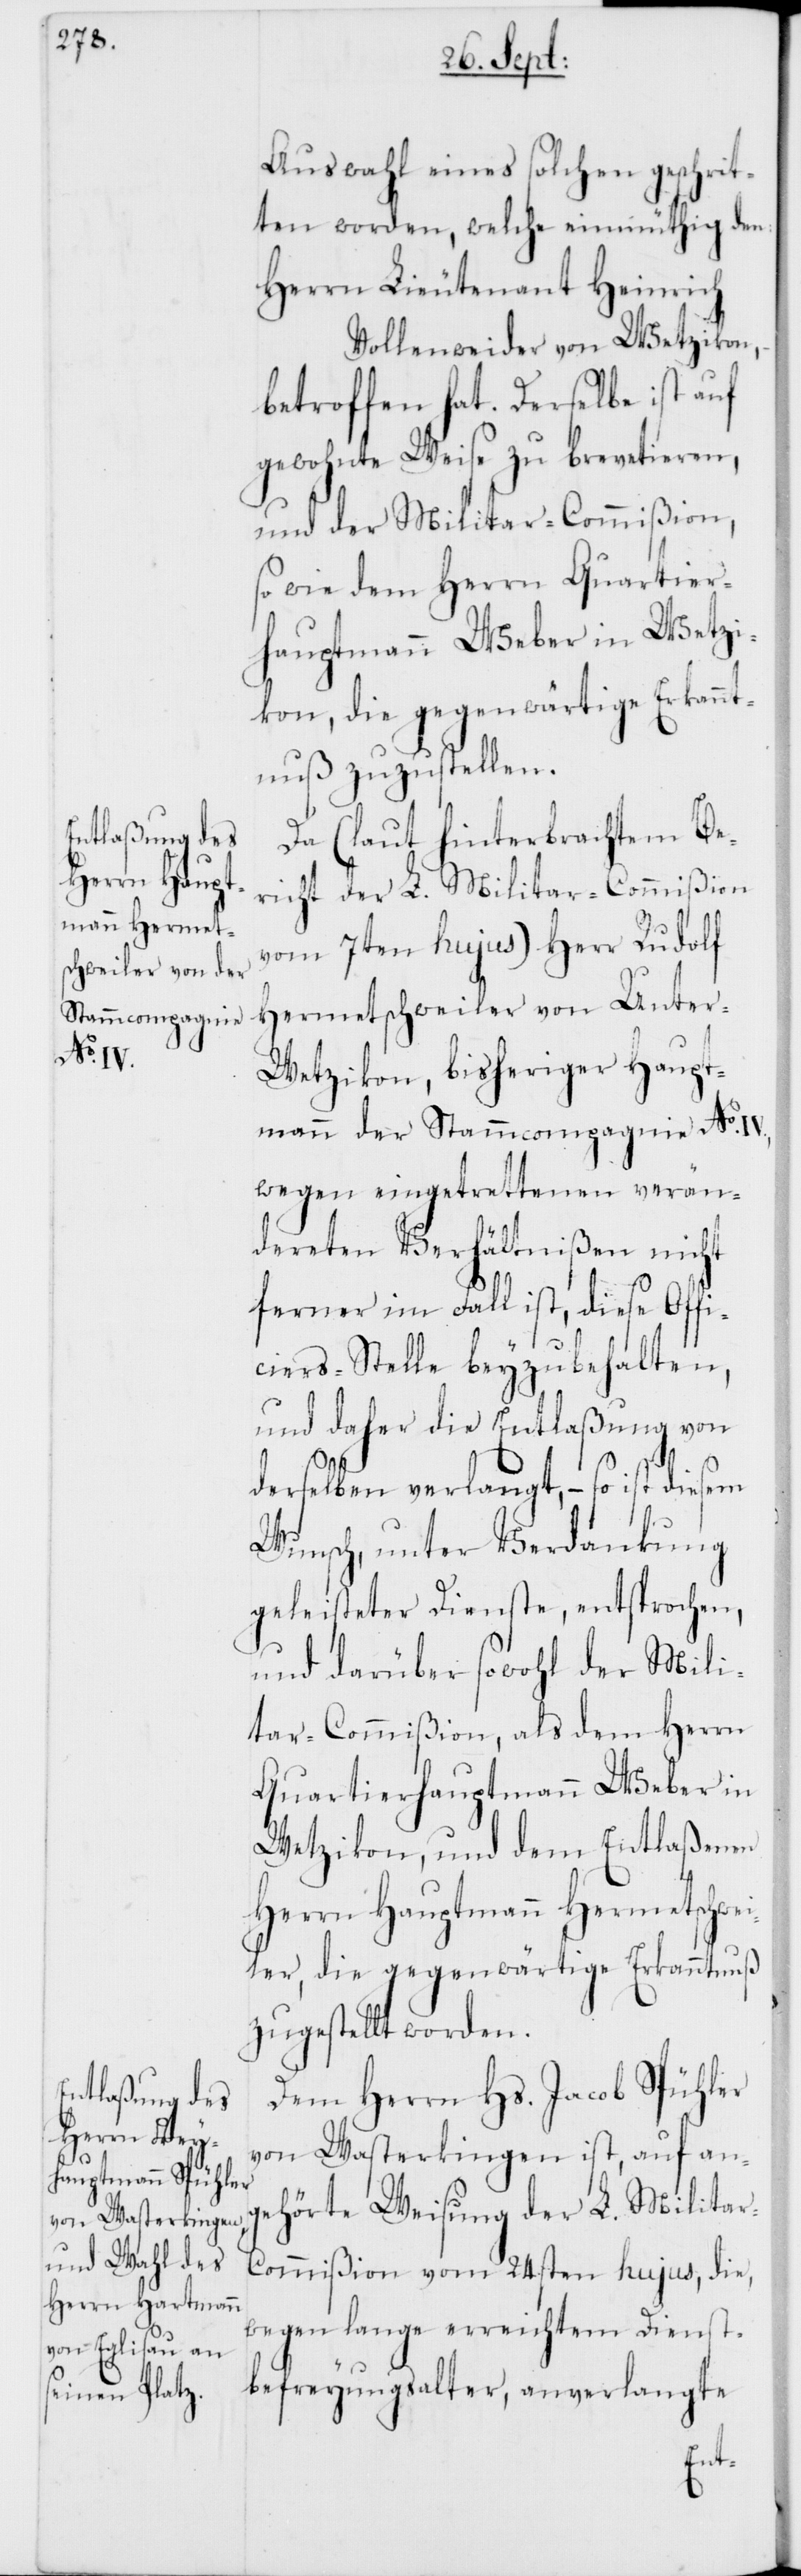
Auswahl eines solchen geschrit¬
ten worden, welche einmüthig den:
Herrn Lieutenant Heinrich
Vollenweider von Wetzikon,
betroffen hat. Derselbe ist auf
gewohnte Weise zu brevetieren,
und der Militair-Commißion,
sowie dem Herrn Quartier¬
hauptmann Weber in Wetzi¬
kon, die gegenwärtige Erkannt¬
nuß zuzustellen.
Da (laut hinterbrachtem Be¬
richt der L. Militar-Commißion
vom 7ten hujus) Herr Rudolf
Hermetschweiler von Unter-W¬
etzikon, bisheriger Haupt¬
mann der Stammcompagnie No
wegen eingetrettenen verän¬
dereten Verhältnißen nicht
ferner im Fall ist, diese Offi¬
ciersstelle beyzubehalten,
und daher die Entlaßung von
derselben verlangt, – so ist diesem
Wunsch, unter Verdankung
geleisteter Dienste, entsprochen,
und darüber sowohl der Mili¬
tar-Commißion, als dem Herrn
Quartierhauptmann Weber in
Wetzikon, und dem Entlaßenen
Herrn Hauptmann Hermetschwe¬
iler, die gegenwärtige Erkanntnuß
zugestellt worden.
Dem Herrn Hs. Jacob Spühler
von Wasterkingen ist, auf an¬
gehörte Weisung der L. Milita¬
r-Commißion vom 24sten hujus, die,
wegen lange erreichtem Dienst¬
befreyungsalter, anverlangte